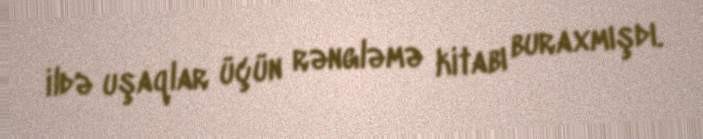
ildə uşaqlar üçün rəngləmə kitabı buraxmışdı.